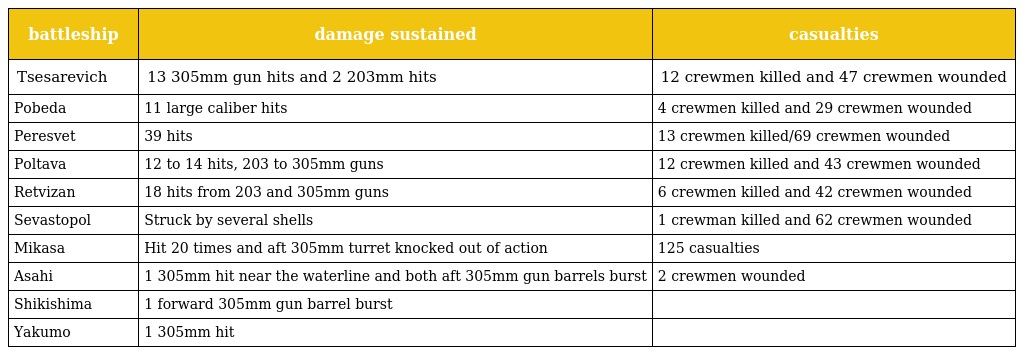
| battleship | damage sustained | casualties |
 | --- | --- | --- |
 | Tsesarevich | 13 305mm gun hits and 2 203mm hits | 12 crewmen killed and 47 crewmen wounded |
 | Pobeda | 11 large caliber hits | 4 crewmen killed and 29 crewmen wounded |
 | Peresvet | 39 hits | 13 crewmen killed/69 crewmen wounded |
 | Poltava | 12 to 14 hits, 203 to 305mm guns | 12 crewmen killed and 43 crewmen wounded |
 | Retvizan | 18 hits from 203 and 305mm guns | 6 crewmen killed and 42 crewmen wounded |
 | Sevastopol | Struck by several shells | 1 crewman killed and 62 crewmen wounded |
 | Mikasa | Hit 20 times and aft 305mm turret knocked out of action | 125 casualties |
 | Asahi | 1 305mm hit near the waterline and both aft 305mm gun barrels burst | 2 crewmen wounded |
 | Shikishima | 1 forward 305mm gun barrel burst |  |
 | Yakumo | 1 305mm hit |  |